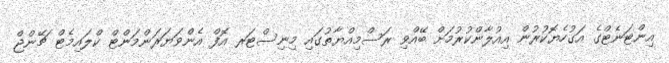
އިންޓަނެޓްގެ އަގުހެޔޮކުރުން އިއުލާންކުރުމަށް ބޭއްވި ރަސްމިއްޔާތުގައި މިނިސްޓަރ އޮފް އެންވަޔަރަންމަންޓް ކްލައިމެޓް ޗޭންޖް